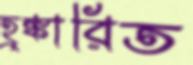
হুঙ্কারিত